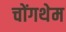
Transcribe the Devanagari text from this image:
चोंगथेम